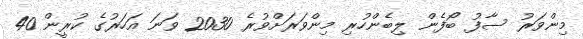
މިންވަރު ސާފު ބޯފެން ލިބެންހުރި މިންވަރަށްވުރެ 2030 ވަނަ އަހަރުގެ ކުރީން 40